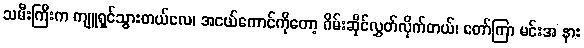
သမီးကြီးက ကျူရှင်သွားတယ်လေ၊ အငယ်ကောင်ကိုတော့ ဂိမ်းဆိုင်လွှတ်လိုက်တယ်၊ တော်ကြာ မင်းအ နား